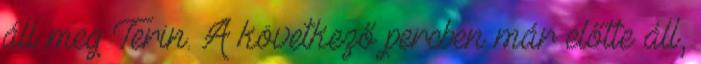
áll meg Terin. A következő percben már előtte áll,